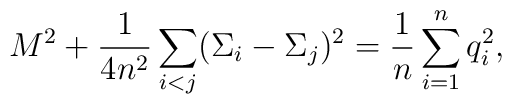
M^2+{1\over 4 n^2}\sum_{i<j}(\Sigma_i-\Sigma_j)^2={1\over n}\sum_{i=1}^n q_i^2,